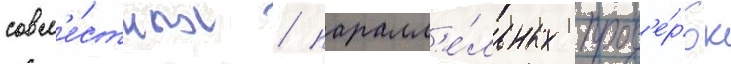
совм'е́стных / паралл'е́льных пров'е́рок